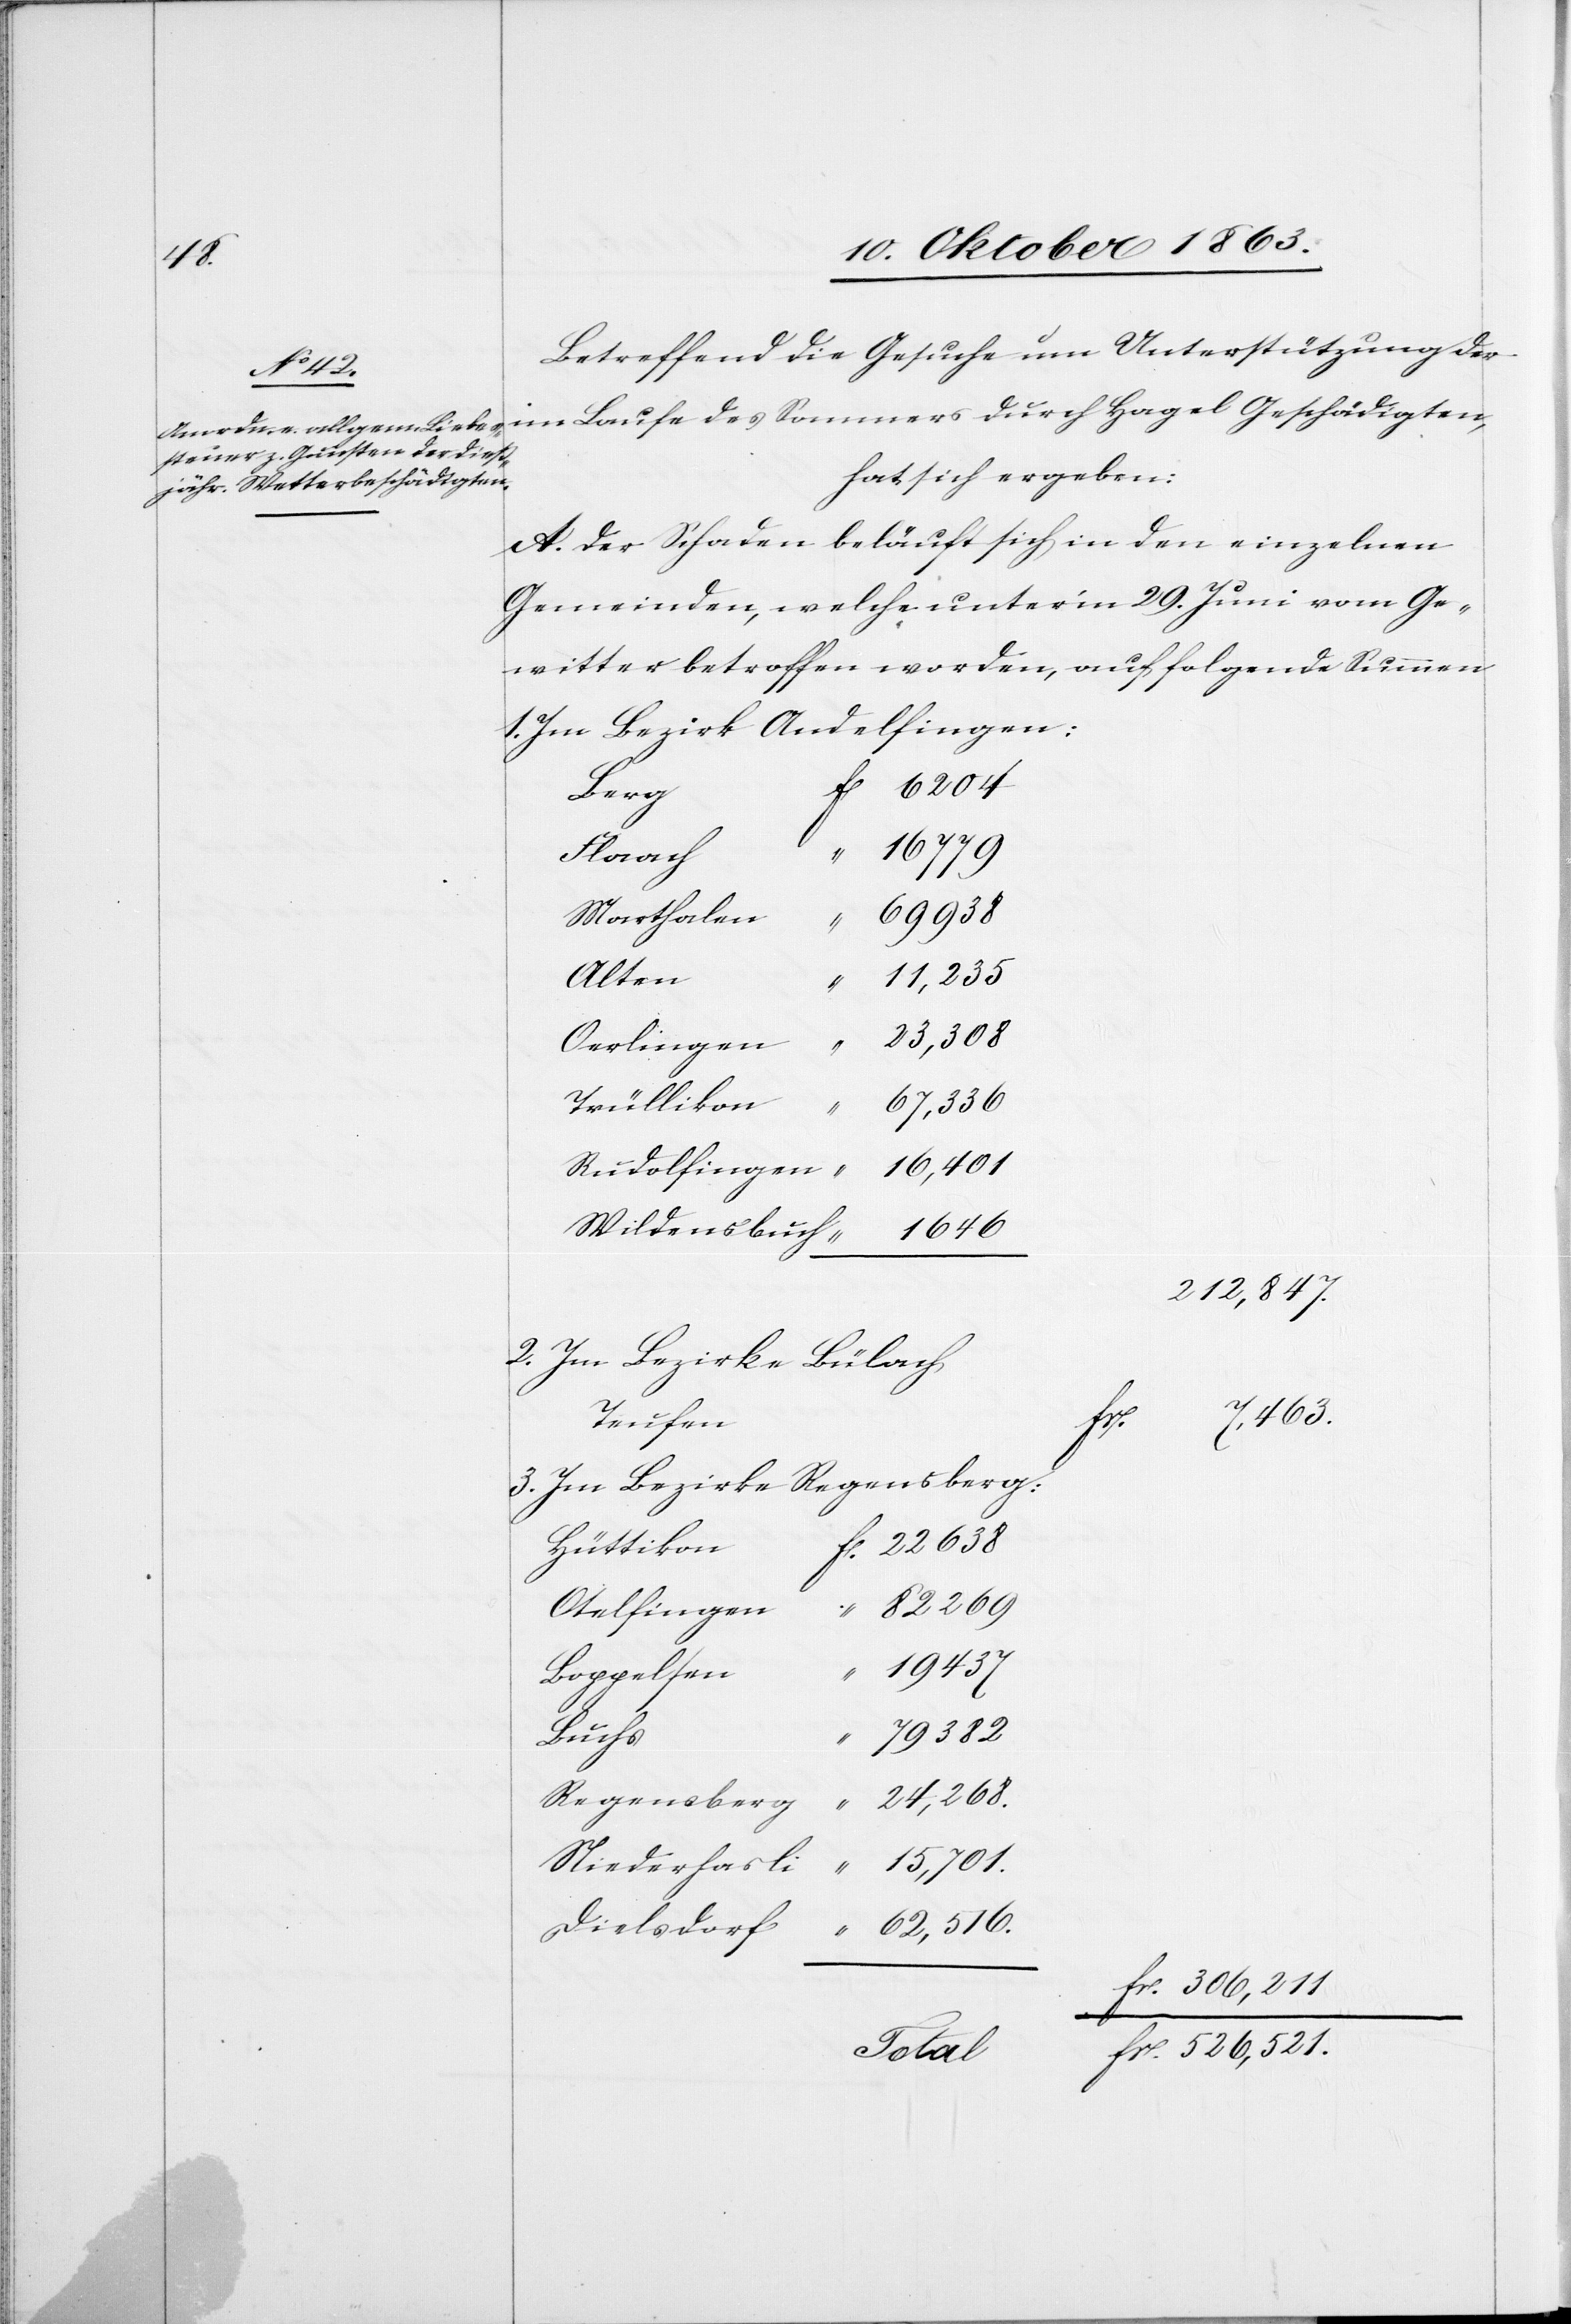
Betreffend die Gesuche um Unterstützung der
hat sich ergeben:
A. Der Schaden beläuft sich in den einzelnen
Gemeinden, welche unter'm 29. Juni vom Ge¬
witter betroffen worden, auf folgende Summen
1. Im Bezirk Andelfingen:
16 779
Flaach	“
69 938
Marthalen	“
Alten	“
11,235
23,308
Oerlingen	“
Trüllikon	“
67,336
16,401
Rudolfingen	“
1646
Wildensbuch	“
212,847.
2. Im Bezirke Bülach
22 638
Teufen
fr.
3. Im Bezire Regensberg:
Otelfingen	“ 82 269
Boppelsen	“
79 382
Buchs	“
24,268.
Regensberg	“
15,701.
Niederhasli	“
Dielsdorf	“
fr. 306,211
fr. 526,521.
Hagel